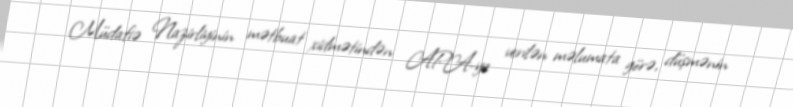
Müdafiə Nazirliyinin mətbuat xidmətindən APA-ya verilən məlumata görə, düşmənin